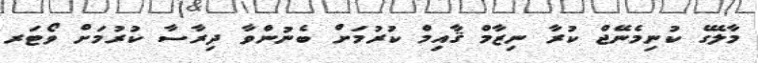
މާލޭގެ ކުނިމެނޭޖް ކުރާ ނިޒާމް ޤާއިމް ކުރުމަށް ބެނުންވާ ދިރާސާ ކުރުމަށް ވޯޓަރ